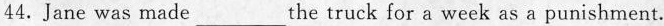
44.Jane was made ___ the truck for a week as a punishment.